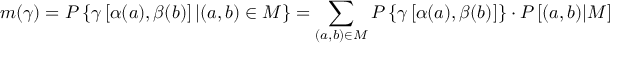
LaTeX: m ( \gamma ) = P \left\{ \gamma \left[ \alpha ( a ) , \beta ( b ) \right] | ( a , b ) \in M \right\} = \sum _ { ( a , b ) \in M } P \left\{ \gamma \left[ \alpha ( a ) , \beta ( b ) \right] \right\} \cdot P \left[ ( a , b ) | M \right]